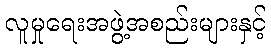
လူမှုရေးအဖွဲ့အစည်းများနှင့်